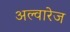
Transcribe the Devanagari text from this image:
अल्वारेज